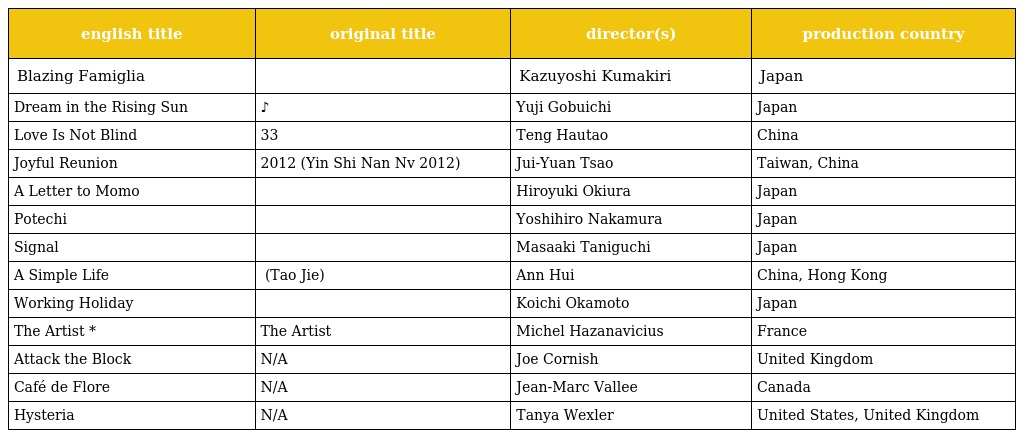
| english title | original title | director(s) | production country |
 | --- | --- | --- | --- |
 | Blazing Famiglia | 莫逆家族 バクギャクファミーリア | Kazuyoshi Kumakiri | Japan |
 | Dream in the Rising Sun | ヒノマル♪ドリーム | Yuji Gobuichi | Japan |
 | Love Is Not Blind | 失恋33天 | Teng Hautao | China |
 | Joyful Reunion | 饮食男女2012 (Yin Shi Nan Nv 2012) | Jui-Yuan Tsao | Taiwan, China |
 | A Letter to Momo | ももへの手紙 | Hiroyuki Okiura | Japan |
 | Potechi | ポテチ | Yoshihiro Nakamura | Japan |
 | Signal | シグナル　月曜日のルカ | Masaaki Taniguchi | Japan |
 | A Simple Life | 桃姐 (Tao Jie) | Ann Hui | China, Hong Kong |
 | Working Holiday | ワーキング・ホリデー | Koichi Okamoto | Japan |
 | The Artist * | The Artist | Michel Hazanavicius | France |
 | Attack the Block | N/A | Joe Cornish | United Kingdom |
 | Café de Flore | N/A | Jean-Marc Vallee | Canada |
 | Hysteria | N/A | Tanya Wexler | United States, United Kingdom |